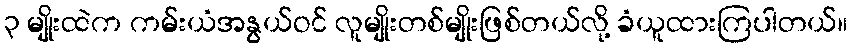
၃ မျိုးထဲက ကမ်းယံအနွယ်ဝင် လူမျိုးတစ်မျိုးဖြစ်တယ်လို့ ခံယူထားကြပါတယ်။